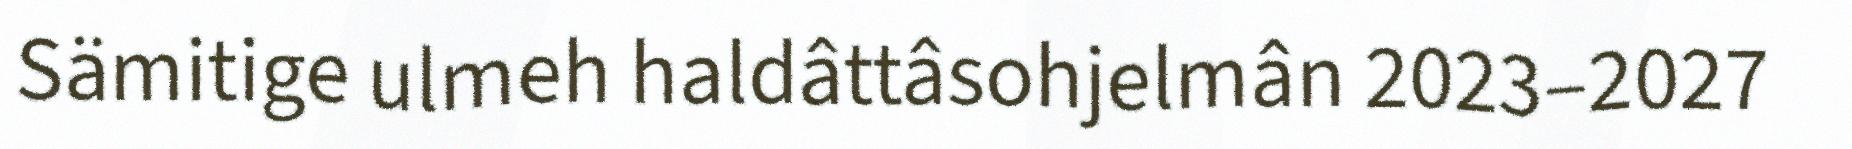
Sämitige ulmeh haldâttâsohjelmân 2023–2027